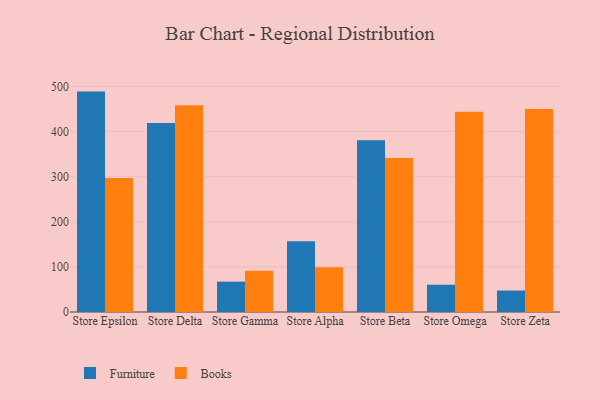
{"axis": {"x": "Store", "y": "Satisfaction Score"}, "legend": ["Books", "Furniture"], "data": [{"x": "Store Epsilon", "y": 488.6, "type": "Furniture"}, {"x": "Store Epsilon", "y": 296.8, "type": "Books"}, {"x": "Store Delta", "y": 418.9, "type": "Furniture"}, {"x": "Store Delta", "y": 458.2, "type": "Books"}, {"x": "Store Gamma", "y": 67.3, "type": "Furniture"}, {"x": "Store Gamma", "y": 91.3, "type": "Books"}, {"x": "Store Alpha", "y": 156.6, "type": "Furniture"}, {"x": "Store Alpha", "y": 99.0, "type": "Books"}, {"x": "Store Beta", "y": 381.0, "type": "Furniture"}, {"x": "Store Beta", "y": 341.5, "type": "Books"}, {"x": "Store Omega", "y": 60.4, "type": "Furniture"}, {"x": "Store Omega", "y": 444.2, "type": "Books"}, {"x": "Store Zeta", "y": 47.6, "type": "Furniture"}, {"x": "Store Zeta", "y": 450.1, "type": "Books"}]}